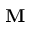
\mathbf { M }